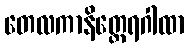
တေလကာနိတ္ထေရဂါထာ